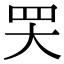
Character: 𦉼